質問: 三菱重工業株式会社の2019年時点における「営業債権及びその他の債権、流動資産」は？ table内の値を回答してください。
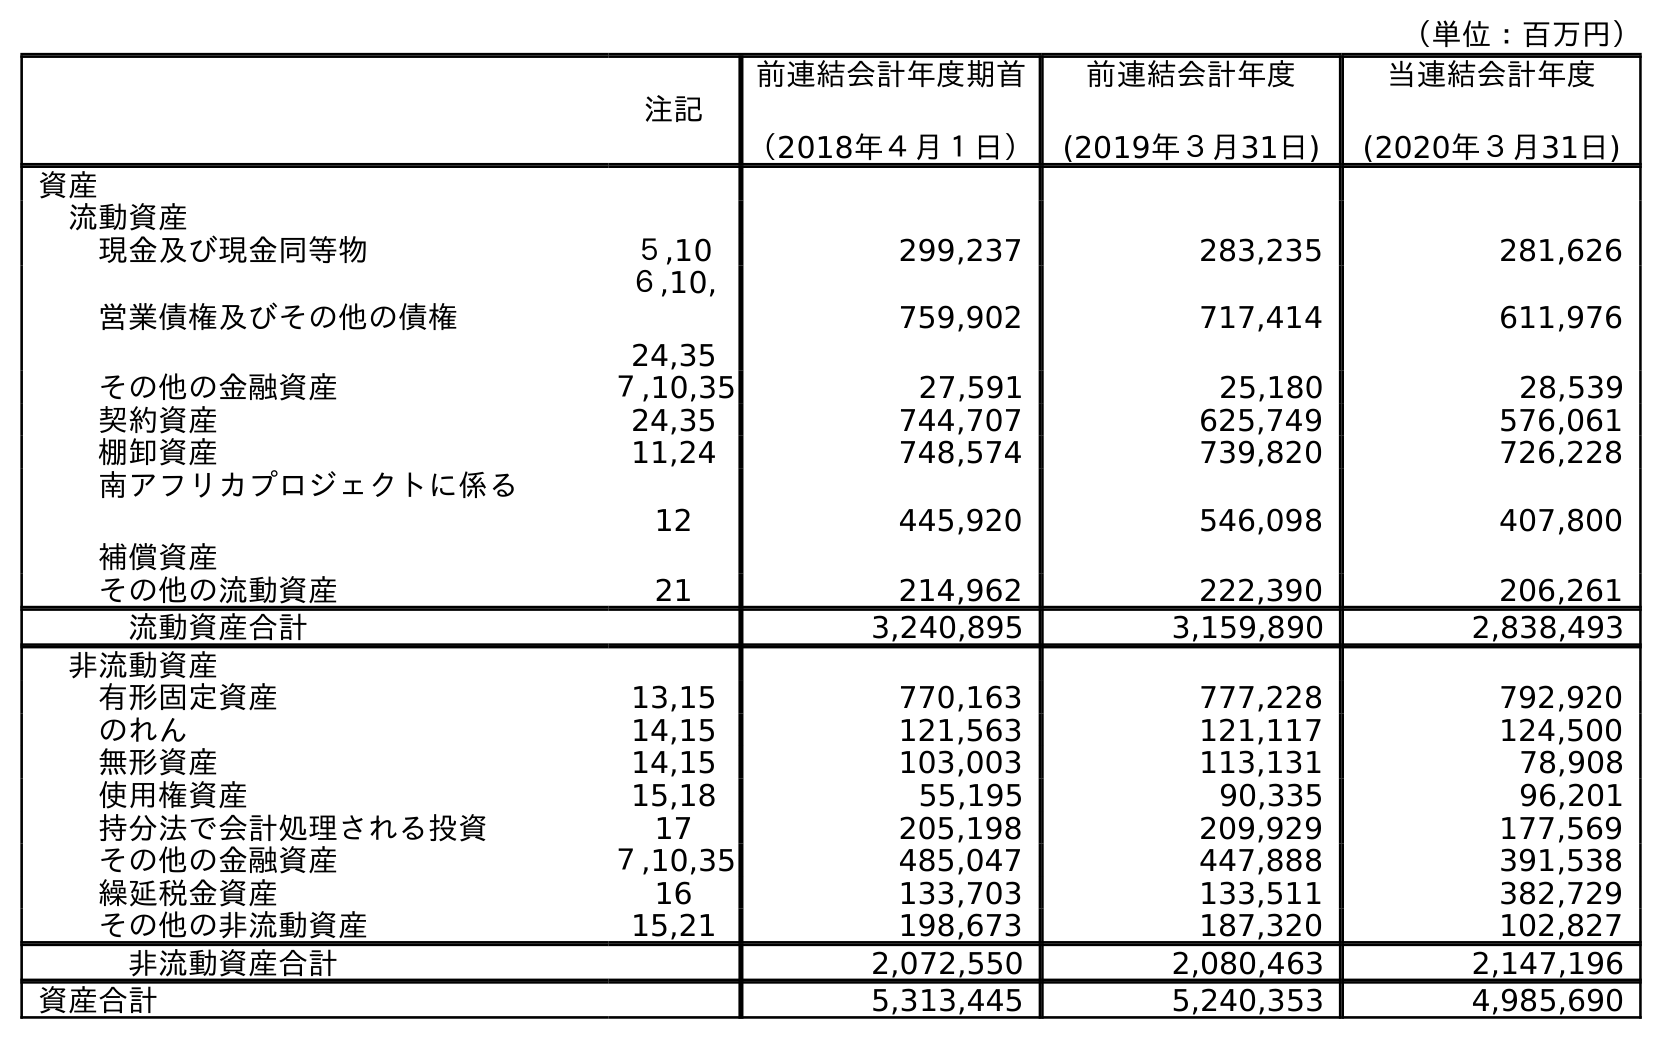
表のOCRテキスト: （単位：百万円） 注記 前連結会計年度期首 （2018年４月１日） 前連結会計年度 (2019年３月31日) 当連結会計年度 (2020年３月31日) 資産 流動資産 現金及び現金同等物 ５,10 299,237 283,235 281,626 営業債権及びその他の債権 ６,10, 24,35 759,902 717,414 611,976 その他の金融資産 ７,10,35 27,591 25,180 28,539 契約資産 24,35 744,707 625,749 576,061 棚卸資産 11,24 748,574 739,820 726,228 南アフリカプロジェクトに係る 補償資産 12 445,920 546,098 407,800 その他の流動資産 21 214,962 222,390 206,261 流動資産合計 3,240,895 3,159,890 2,838,493 非流動資産 有形固定資産 13,15 770,163 777,228 792,920 のれん 14,15 121,563 121,117 124,500 無形資産 14,15 103,003 113,131 78,908 使用権資産 15,18 55,195 90,335 96,201 持分法で会計処理される投資 17 205,198 209,929 177,569 その他の金融資産 ７,10,35 485,047 447,888 391,538 繰延税金資産 16 133,703 133,511 382,729 その他の非流動資産 15,21 198,673 187,320 102,827 非流動資産合計 2,072,550 2,080,463 2,147,196 資産合計 5,313,445 5,240,353 4,985,690
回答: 717,414